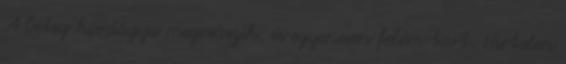
A beteg hordágya megcsúszik, és egyenesen felém tart. Hirtelen